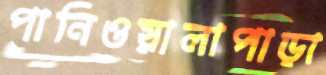
পানিওয়ালাপাড়া